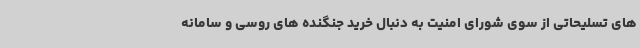
های تسلیحاتی از سوی شورای امنیت به دنبال خرید جنگنده های روسی و سامانه